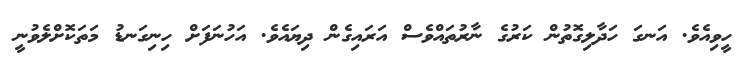
ހީވިއެވެ. އަނގަ ހަދާލިގޮތުން ކަރުގެ ނާރުތައްވެސް އަރައިގެން ދިޔައެވެ. އަހުނަފަށް ހިނިގަނޑު މަތަކޮށްލެވުނީ